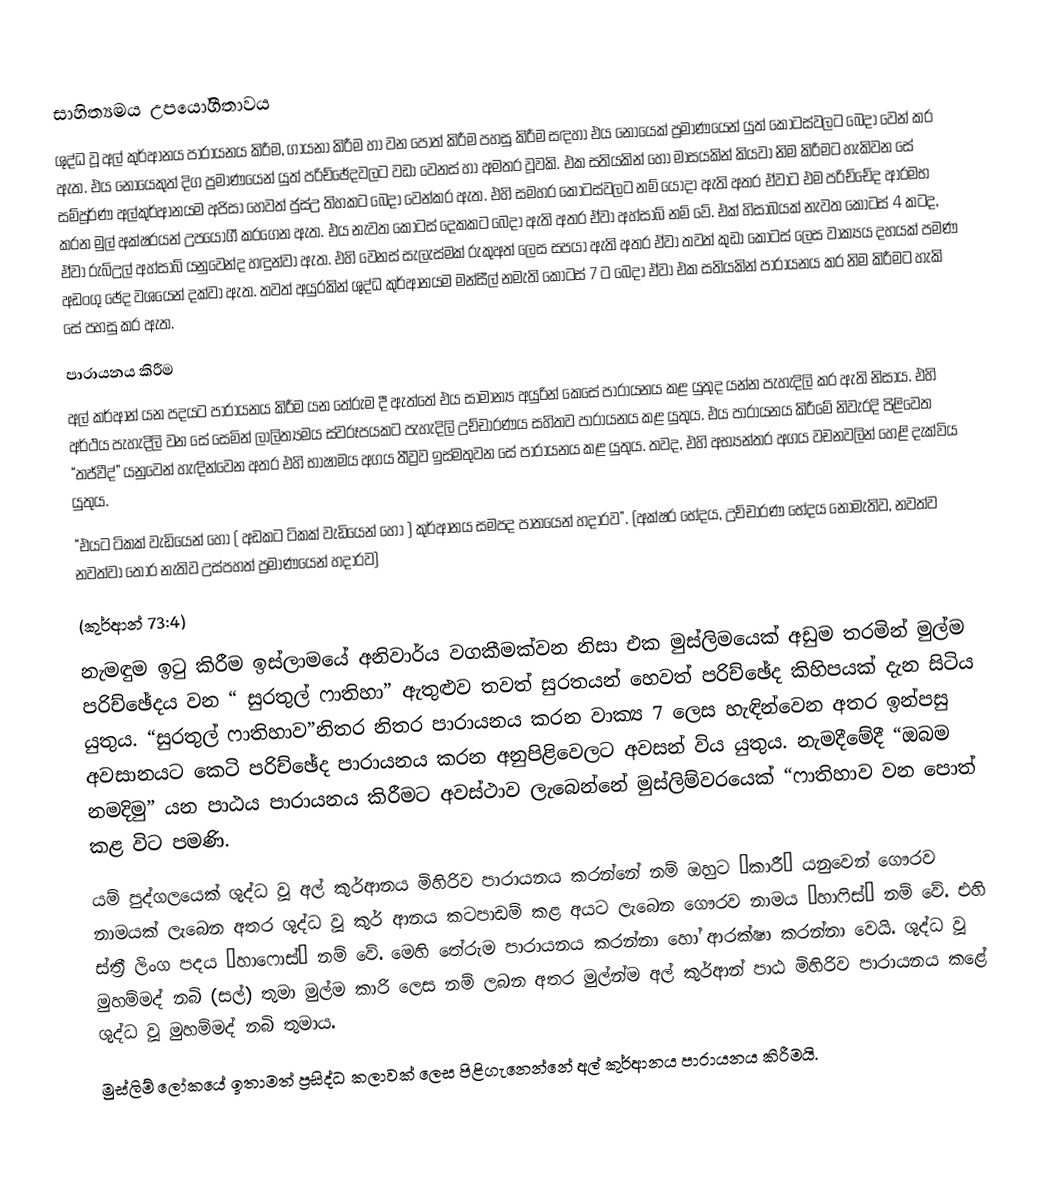
සාහිත්‍යමය උපයෝගීතාවය
ශුද්ධ වූ අල් කුර්ආනය පාරායනය කිරීම, ගායනා කිරීම හා වන පොත් කිරීම පහසු කිරීම සඳහා එය නොයෙක් ප්‍රමාණයෙන් යුත් කොටස්වලට බෙදා වෙන් කර ඇත. එය නොයෙකුත් දිග ප්‍රමාණයෙන් යුත් පරිච්ඡේදවලට වඩා වෙනස් හා අමතර වූවකි. එක සතියකින් හෝ මාසයකින් කියවා නිම කිරීමට හැකිවන සේ  සම්පූර්ණ අල්කුර්ආනයම අජිසා හෙවත් ජුස්උ තිහකට බෙදා වෙන්කර ඇත. එහි සමහර ‍කොටස්වලට නම් යොදා ඇති අතර ඒවාට එම පරිච්චේද ආරමභ කරන මුල් අක්ෂරයන් උපයෝගී කරගෙන ඇත. එය නැවත කොටස් දෙකකට බෙදා ඇති අතර ඒවා අහ්සාබ් නම් වේ. එක් හිසාබයක් නැවත කොටස්  4 කටද, ඒවා රුබ්උල් අහ්සාබ් යනුවෙන්ද හඳුන්වා ඇත. එහි වෙනස් සැලැස්මක් රුකුඅත් ලෙස සපයා ඇති අතර ඒවා තවත් කුඩා කොටස් ලෙස වාක්‍යය දහයක් පමණ අඩංගු ඡේද වශයෙන් දක්වා  ඇත. තවත් අයුරකින් ශුද්ධ කුර්ආනයම මන්සීල් නමැති කොටස් 7 ට බෙදා ඒවා එක සතියකින් පාරායනය කර නිම කිරීමට හැකි සේ පහසු කර ඇත.
පාරායනය කිරීම
අල් කර්ආන් යන පදයට පාරායනය කිරීම යන තේරුම දී ඇත්තේ එය සාමාන්‍ය අයුරින් කෙසේ පාරායනය කළ යුතුද යන්න පැහැදිලි කර ඇති නිසාය. එහි අර්ථය පැහැදිලි වන සේ සෙමින් ලාලිත්‍යමය ස්වරූපයකට පැහැදිලි උච්චාරණය සහිතව පාරායනය කළ යුතුය. එය පාරායනය කිරීමේ නිවැරදි පිළිවෙත “තජ්වීද්” යනුවෙන් හැඳින්වෙන අතර එහි භාෂාමය අගය තීව්‍රව ඉස්මතුවන සේ පාරායනය කළ යුතුය.  තවද, එහි අභ්‍යන්තර අගය වචනවලින් හෙළි දැක්විය යුතුය.
“එයට ටිකක් වැඩියෙන් හෝ ( අඩකට ටිකක් වැඩියෙන් හෝ ) කුර්ආනය සමපද පාතයෙන් හදාරව”. (අක්ෂර භේදය, උච්චාරණ භේදය නොමැතිව, නවත්ව නවත්වා තොර නැතිව උස්පහත් ප්‍රමාණයෙන් හදාරව)
(කුර්ආන් 73:4)
නැමඳුම ඉටු කිරීම ඉස්ලාමයේ අනිවාර්ය වගකීමක්වන නිසා එක මුස්ලිමයෙක් අඩුම තරමින් මුල්ම පරිච්ඡේදය වන “ සුරතුල් ෆාතිහා” ඇතුළුව තවත් සුරතයන් හෙවත් පරිච්ඡේද කිහිපයක් දැන සිටිය යුතුය. “සුරතුල් ෆාතිහාව”නිතර නිතර පාරායනය කරන වාක්‍ය 7 ලෙස හැඳින්වෙන අතර ඉන්පසු අවසානයට කෙටි පරිච්ඡේද පාරායනය කරන අනුපිළිවෙලට අවසන් විය යුතුය. නැමදීමේදී “ඔබම නමදිමු” යන පාඨය පාරායනය කිරීමට අවස්ථාව ලැබෙන්නේ මුස්ලිම්වරයෙක් “ෆාතිහාව වන පොත් කළ විට පමණි.
යම් පුද්ගලයෙක් ශුද්ධ වූ අල් කුර්ආනය මිහිරිව පාරායනය කරන්නේ නම් ඔහුට “කාරී” යනුවෙන් ගෞරව නාමයක් ලැබෙන අතර ශුද්ධ වූ කුර් ආනය කටපාඩම් කළ අයට ලැබෙන ගෞරව නාමය “හාෆිස්” නම් වේ. එහි ස්ත්‍රී ලිංග පදය “හාෆොස්” නම් වේ. මෙහි තේරුම පාරායනය කරන්නා හෝ ආරක්ෂා කරන්නා වෙයි. ශුද්ධ වූ මුහම්මද් නබි (සල්) තුමා මුල්ම කාරි ලෙස නම් ලබන අතර මුල්න්ම අල් කුර්ආන් පාඨ මිහිරිව පාරායනය කළේ ශුද්ධ වූ මුහම්මද් නබි තුමාය.
මුස්ලිම් ලෝකයේ ඉතාමත් ප්‍රසිද්ධ කලාවක් ලෙස පිළිගැනෙන්නේ අල් කුර්ආනය පාරායනය කිරීමයි.